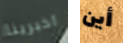
اخبرينا أين